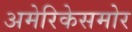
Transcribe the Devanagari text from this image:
अमेरिकेसमोर